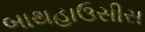
બાથહાઉસીસ